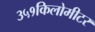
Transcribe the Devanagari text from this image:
३५१किलोमीटर